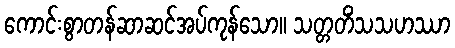
ကောင်းစွာတန်ဆာဆင်အပ်ကုန်သော။ သတ္တတိံသသဟဿာ